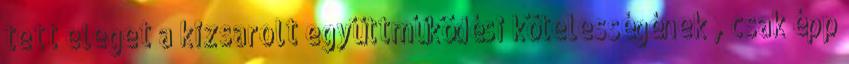
tett eleget a kizsarolt együttműködési kötelességének , csak épp